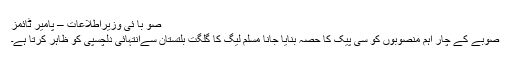
صو با ئی وزیراطلاعات – پامیر ٹائمز
صوبے کے چار اہم منصوبوں کو سی پیک کا حصہ بنایا جانا مسلم لیگ کا گلگت بلتستان سےانتہائی دلچسپی کو ظاہر کرتا ہے۔